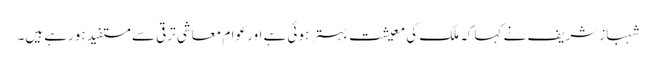
شہباز شریف نے کہا کہ ملک کی معیشت بہتر ہوئی ہے اور عوام معاشی ترقی سے مستفید ہورہے ہیں۔